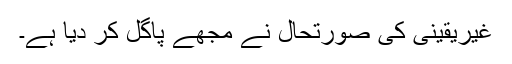
غیریقینی کی صورتحال نے مجھے پاگل کر دیا ہے۔